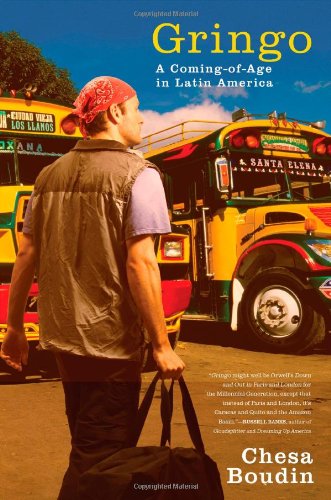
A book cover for Gringo: A Coming of Age in Latin America; Chesa Boudin; Travel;